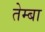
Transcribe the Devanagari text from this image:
तेम्बा